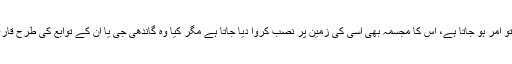
وہ پولیس کی گولیوں کا نشانہ بننے کے بعد گاؤں والوں کے لیے تو امر ہو جاتا ہے، اُس کا مجسمہ بھی اُسی کی زمین پر نصب کروا دیا جاتا ہے مگر کیا وہ گاندھی جی یا اُن کے توابع کی طرح قاری کے ذہن پر ایک مصلح اور انقلابی کا بھر پور نقش بنا پایا ہے؟